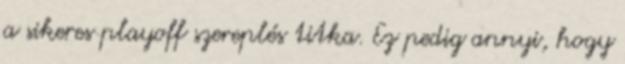
a sikeres playoff szereplés titka. Ez pedig annyi, hogy